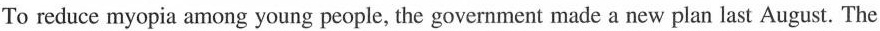
To reduce myopia among young people, the government made a new plan last August. The